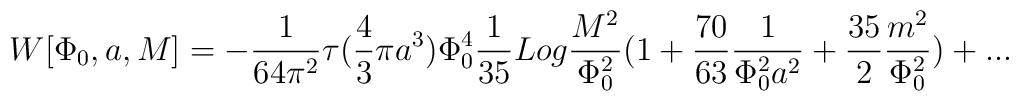
W[\Phi_{0},a,M]=-{1 \over 64\pi^2}\tau ({4 \over 3}\pi a^3)\Phi_{0}^4{1 \over 35}Log{M^2 \over \Phi_{0}^2} (1+{70 \over 63} {1 \over\Phi_{0}^2 a^2}+{35 \over 2} {m^2 \over \Phi_{0}^2}) + ...